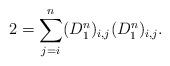
LaTeX: \begin{align*} 2=\sum_{j=i}^n(D^n_1)_{i,j}(D^n_1)_{i,j}.\end{align*}